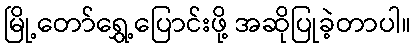
မြို့တော်ရွှေ့ပြောင်းဖို့ အဆိုပြုခဲ့တာပါ။